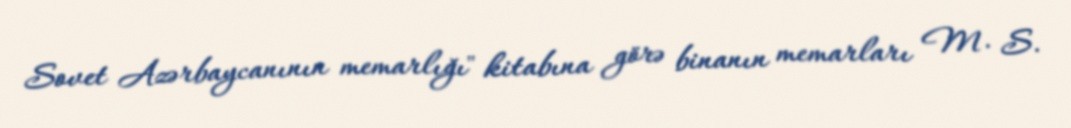
Sovet Azərbaycanının memarlığı" kitabına görə binanın memarları M. S.